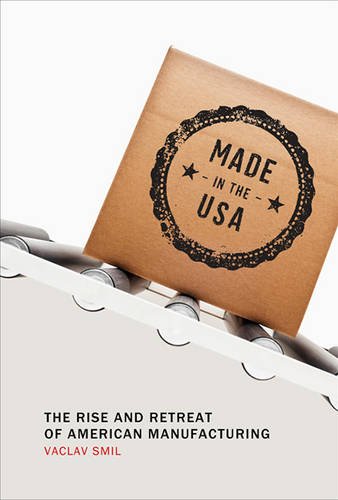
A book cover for Made in the USA: The Rise and Retreat of American Manufacturing; Vaclav Smil; Business & Money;